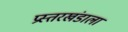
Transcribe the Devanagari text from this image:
प्रस्तरखंडाला